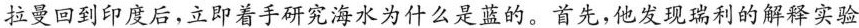
拉曼回到印度后，立即着手研究海水为什么是蓝的。首先，他发现璃利的解实验